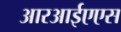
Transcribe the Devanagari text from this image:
आरआईएएस